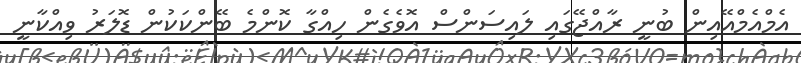
އެމްއެމްއޭއިން ބުނީ ރާއްޖޭގައި ލައިސަންސް އޮވެގެން ހިއްގާ ކޮންމެ ބޭންކަކުން ޑޮލަރު ވިއްކާނީ